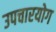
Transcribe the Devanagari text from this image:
उपचारयोग